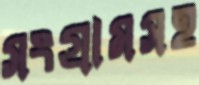
সংগ্রামসহ